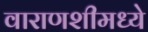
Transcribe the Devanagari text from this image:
वाराणशीमध्ये